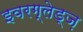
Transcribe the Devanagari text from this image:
इवरग्लेड्ज़